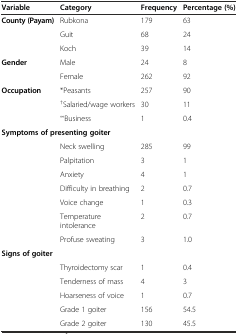
<table><thead><tr><td><b>Variable</b></td><td><b>Category</b></td><td><b>Frequency</b></td><td><b>Percentage (%)</b></td></tr></thead><tbody><tr><td><b>County (Payam)</b></td><td>Rubkona</td><td>179</td><td>63</td></tr><tr><td></td><td>Guit</td><td>68</td><td>24</td></tr><tr><td></td><td>Koch</td><td>39</td><td>14</td></tr><tr><td><b>Gender</b></td><td>Male</td><td>24</td><td>8</td></tr><tr><td></td><td>Female</td><td>262</td><td>92</td></tr><tr><td><b>Occupation</b></td><td>*Peasants</td><td>257</td><td>90</td></tr><tr><td></td><td><sup>†</sup>Salaried/wage workers</td><td>30</td><td>11</td></tr><tr><td></td><td><sup>∞</sup>Business</td><td>1</td><td>0.4</td></tr><tr><td colspan="4"><b>Symptoms of presenting goiter</b></td></tr><tr><td></td><td>Neck swelling</td><td>285</td><td>99</td></tr><tr><td></td><td>Palpitation</td><td>3</td><td>1</td></tr><tr><td></td><td>Anxiety</td><td>4</td><td>1</td></tr><tr><td></td><td>Difficulty in breathing</td><td>2</td><td>0.7</td></tr><tr><td></td><td>Voice change</td><td>1</td><td>0.3</td></tr><tr><td></td><td>Temperature intolerance</td><td>2</td><td>0.7</td></tr><tr><td></td><td>Profuse sweating</td><td>3</td><td>1.0</td></tr><tr><td colspan="4"><b>Signs of goiter</b></td></tr><tr><td></td><td>Thyroidectomy scar</td><td>1</td><td>0.4</td></tr><tr><td></td><td>Tenderness of mass</td><td>4</td><td>3</td></tr><tr><td></td><td>Hoarseness of voice</td><td>1</td><td>0.7</td></tr><tr><td></td><td>Grade 1 goiter</td><td>156</td><td>54.5</td></tr><tr><td></td><td>Grade 2 goiter</td><td>130</td><td>45.5</td></tr></tbody></table>